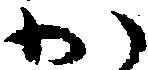
か